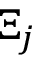
\Xi _ { j }